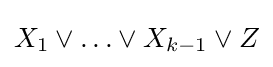
X_{1}\vee \ldots \vee X_{k-1}\vee Z